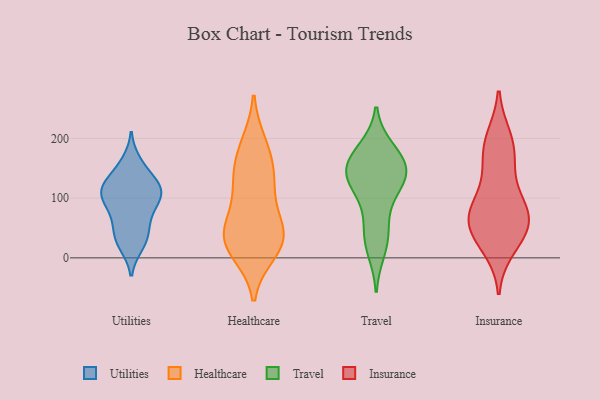
{"axis": {"x": "Inventory Turnover", "y": "Value"}, "legend": ["Healthcare", "Insurance", "Travel", "Utilities"], "data": [{"x": "", "y": 40, "type": "Utilities"}, {"x": "", "y": 110, "type": "Utilities"}, {"x": "", "y": 21, "type": "Utilities"}, {"x": "", "y": 20, "type": "Utilities"}, {"x": "", "y": 97, "type": "Utilities"}, {"x": "", "y": 156, "type": "Utilities"}, {"x": "", "y": 56, "type": "Utilities"}, {"x": "", "y": 76, "type": "Utilities"}, {"x": "", "y": 107, "type": "Utilities"}, {"x": "", "y": 109, "type": "Utilities"}, {"x": "", "y": 108, "type": "Utilities"}, {"x": "", "y": 93, "type": "Utilities"}, {"x": "", "y": 123, "type": "Utilities"}, {"x": "", "y": 161, "type": "Utilities"}, {"x": "", "y": 31, "type": "Utilities"}, {"x": "", "y": 84, "type": "Utilities"}, {"x": "", "y": 131, "type": "Utilities"}, {"x": "", "y": 126, "type": "Utilities"}, {"x": "", "y": 53, "type": "Utilities"}, {"x": "", "y": 125, "type": "Utilities"}, {"x": "", "y": 29, "type": "Healthcare"}, {"x": "", "y": 49, "type": "Healthcare"}, {"x": "", "y": 189, "type": "Healthcare"}, {"x": "", "y": 11, "type": "Healthcare"}, {"x": "", "y": 31, "type": "Healthcare"}, {"x": "", "y": 178, "type": "Healthcare"}, {"x": "", "y": 117, "type": "Healthcare"}, {"x": "", "y": 30, "type": "Healthcare"}, {"x": "", "y": 30, "type": "Healthcare"}, {"x": "", "y": 136, "type": "Healthcare"}, {"x": "", "y": 137, "type": "Healthcare"}, {"x": "", "y": 75, "type": "Healthcare"}, {"x": "", "y": 88, "type": "Travel"}, {"x": "", "y": 135, "type": "Travel"}, {"x": "", "y": 46, "type": "Travel"}, {"x": "", "y": 13, "type": "Travel"}, {"x": "", "y": 124, "type": "Travel"}, {"x": "", "y": 156, "type": "Travel"}, {"x": "", "y": 126, "type": "Travel"}, {"x": "", "y": 148, "type": "Travel"}, {"x": "", "y": 177, "type": "Travel"}, {"x": "", "y": 182, "type": "Travel"}, {"x": "", "y": 157, "type": "Travel"}, {"x": "", "y": 34, "type": "Travel"}, {"x": "", "y": 140, "type": "Travel"}, {"x": "", "y": 106, "type": "Insurance"}, {"x": "", "y": 76, "type": "Insurance"}, {"x": "", "y": 85, "type": "Insurance"}, {"x": "", "y": 61, "type": "Insurance"}, {"x": "", "y": 170, "type": "Insurance"}, {"x": "", "y": 34, "type": "Insurance"}, {"x": "", "y": 70, "type": "Insurance"}, {"x": "", "y": 44, "type": "Insurance"}, {"x": "", "y": 18, "type": "Insurance"}, {"x": "", "y": 200, "type": "Insurance"}, {"x": "", "y": 60, "type": "Insurance"}, {"x": "", "y": 194, "type": "Insurance"}, {"x": "", "y": 155, "type": "Insurance"}]}